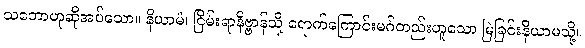
သဘောဟုဆိုအပ်သော။ နိယာမံ၊ ငြိမ်းရာနိဗ္ဗာန်သို့ ရောက်ကြောင်းမဂ်တည်းဟူသော မြဲခြင်းနိယာမသို့။